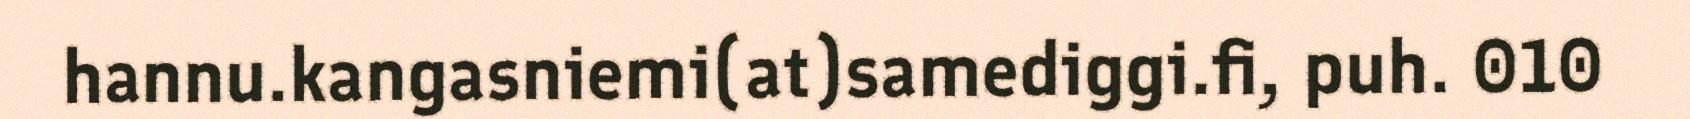
hannu.kangasniemi(at)samediggi.fi, puh. 010